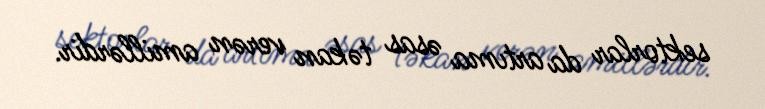
sektorlar da artıma əsas təkan verən amillərdir.